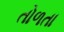
તોળતા